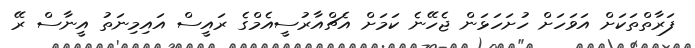
ފަރާތްތަކަށް އަވަހަށް ހުށަހަޅަން ޖެހޭނެ ކަމަށް އެޗްއާރުސީއެމްގެ ރައީސް އައިމިނަތު އީނާސް ރޭ